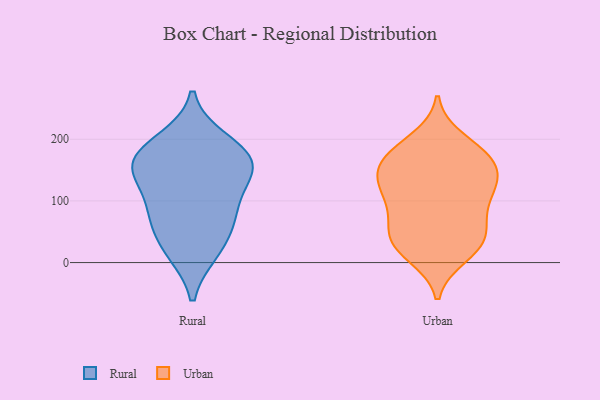
{"axis": {"x": "Revenue (USD Million)", "y": "Value"}, "legend": ["Rural", "Urban"], "data": [{"x": "", "y": 72, "type": "Rural"}, {"x": "", "y": 131, "type": "Rural"}, {"x": "", "y": 80, "type": "Rural"}, {"x": "", "y": 77, "type": "Rural"}, {"x": "", "y": 198, "type": "Rural"}, {"x": "", "y": 144, "type": "Rural"}, {"x": "", "y": 163, "type": "Rural"}, {"x": "", "y": 18, "type": "Rural"}, {"x": "", "y": 168, "type": "Rural"}, {"x": "", "y": 152, "type": "Rural"}, {"x": "", "y": 22, "type": "Rural"}, {"x": "", "y": 184, "type": "Rural"}, {"x": "", "y": 55, "type": "Urban"}, {"x": "", "y": 151, "type": "Urban"}, {"x": "", "y": 168, "type": "Urban"}, {"x": "", "y": 150, "type": "Urban"}, {"x": "", "y": 25, "type": "Urban"}, {"x": "", "y": 110, "type": "Urban"}, {"x": "", "y": 37, "type": "Urban"}, {"x": "", "y": 100, "type": "Urban"}, {"x": "", "y": 128, "type": "Urban"}, {"x": "", "y": 20, "type": "Urban"}, {"x": "", "y": 182, "type": "Urban"}, {"x": "", "y": 42, "type": "Urban"}, {"x": "", "y": 11, "type": "Urban"}, {"x": "", "y": 124, "type": "Urban"}, {"x": "", "y": 124, "type": "Urban"}, {"x": "", "y": 200, "type": "Urban"}, {"x": "", "y": 84, "type": "Urban"}, {"x": "", "y": 61, "type": "Urban"}, {"x": "", "y": 164, "type": "Urban"}, {"x": "", "y": 176, "type": "Urban"}]}